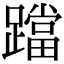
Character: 𨆉